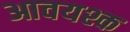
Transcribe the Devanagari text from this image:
आवयश्क